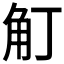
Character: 𧢴